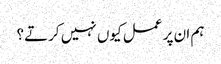
ہم ان پر عمل کیوں نہیں کرتے؟